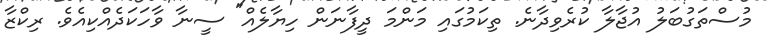
މުސްތަގުބަލު އުޖާލާ ކުރެވިދާނެ. ތިކަމުގައި މަންމަ ދީފާނަން ހިޔާލެއް" ސީނާ ވާހަކަދެއްކިއެވެ. ރިކްޒާ